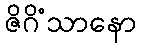
ဇိဂိံသာနော